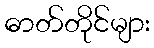
ဓာတ်တိုင်များ